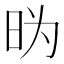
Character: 𱡼